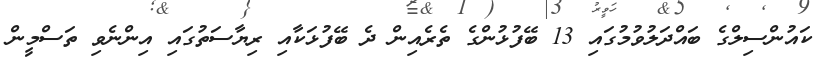
ކައުންސިލްގެ ބައްދަލުވުމުގައި 13 ބޭފުޅުންގެ ތެރެއިން ދެ ބޭފުޅަކާއި ރިޔާސަތުގައި އިންނެވި ތަސްމީން